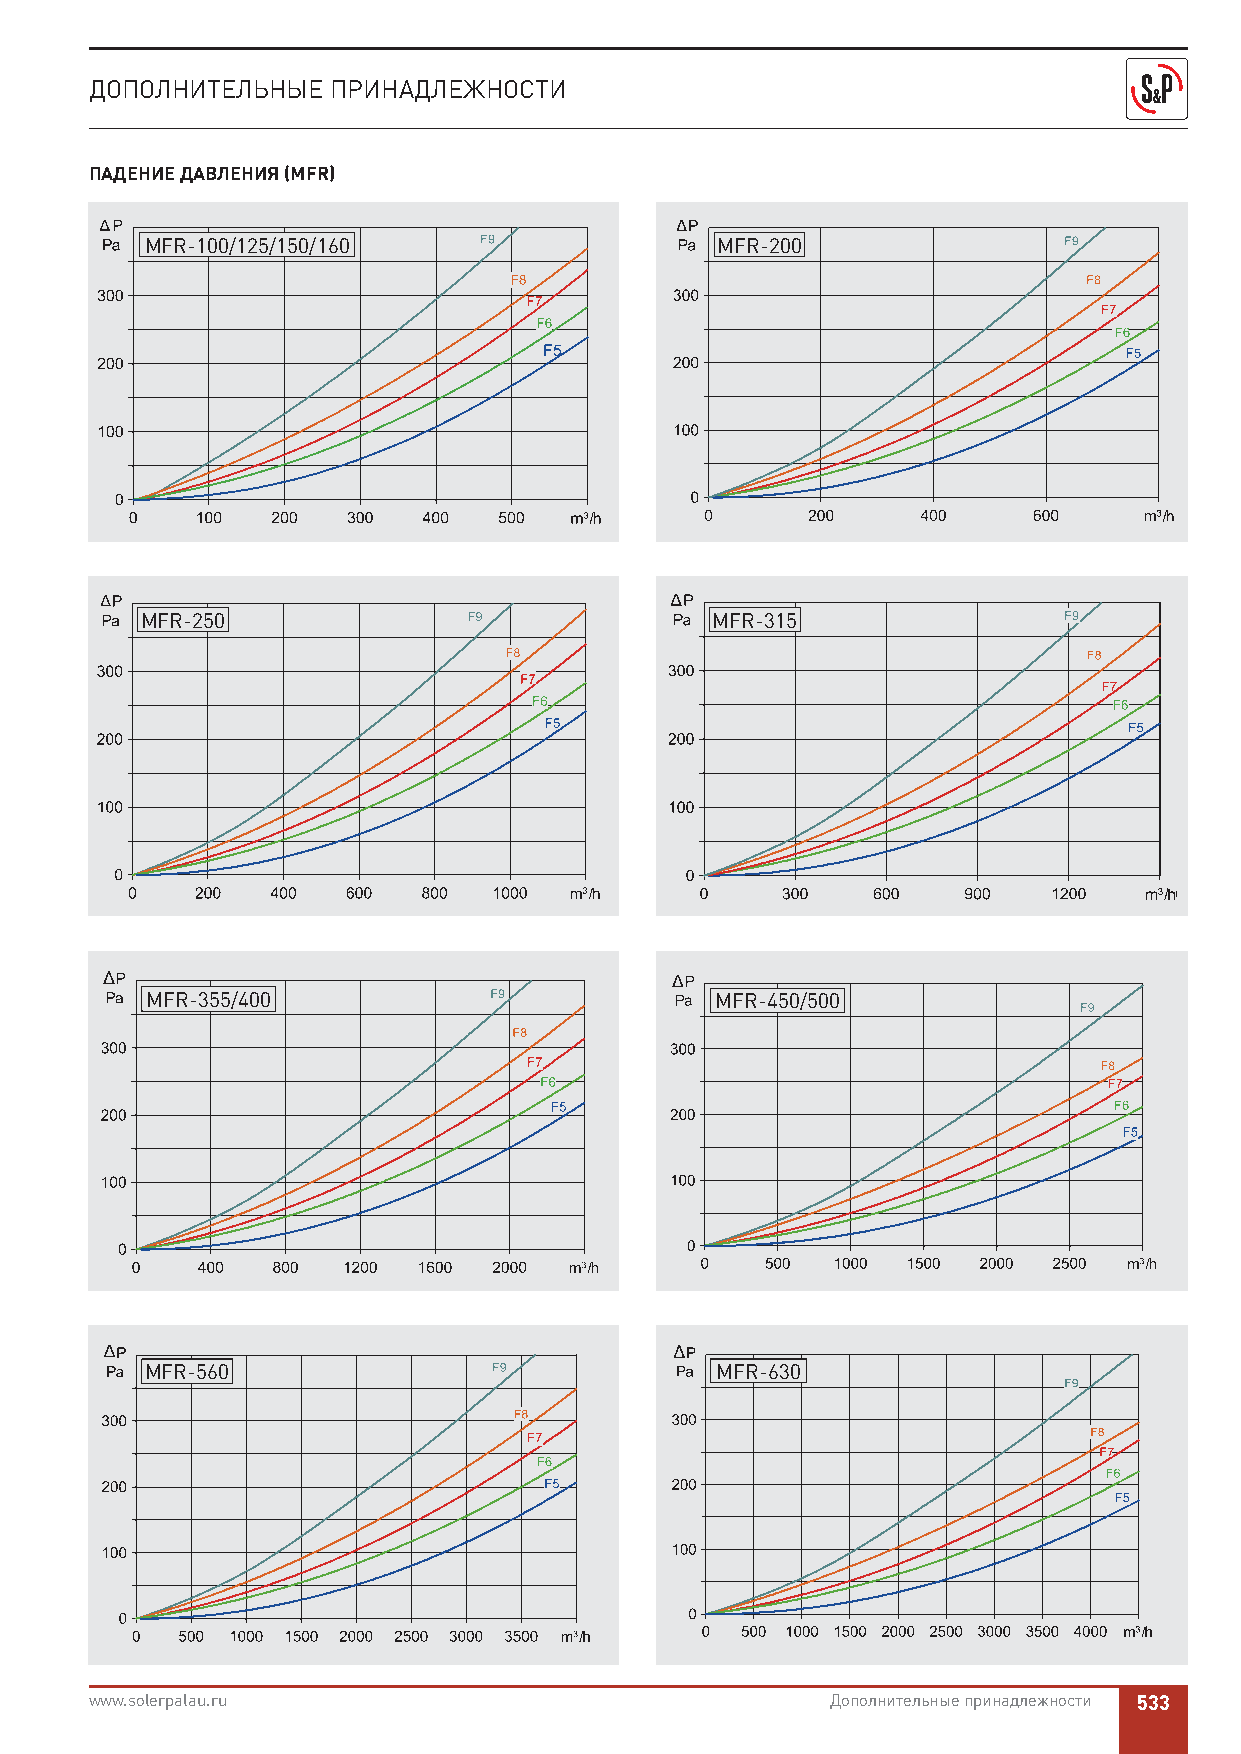
ДОПОЛНИТЕЛЬНЫЕ  ПРИНАДЛЕЖНОСТИ
 ПАДЕНИЕ ДАВЛЕНИЯ (МFR)
 МFR-100/125/150/160                  МFR-200
 MFR-100/125/150/160
 МFR-250                               МFR-315
 МFR-355/400                          МFR-450/500
 МFR-560                              МFR-630
 www.solerpalau.ru                                Дополнительные принадлежности 533